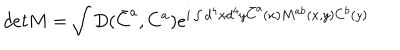
LaTeX: d e t M = \int D ( \bar { C } ^ { a } , C ^ { a } ) e ^ { i \int d ^ { 4 } x d ^ { 4 } y \bar { C } ^ { a } ( x ) M ^ { a b } ( x , y ) C ^ { b } ( y ) }